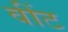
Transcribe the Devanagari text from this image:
वींट